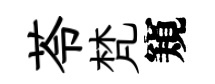
苓梵窺